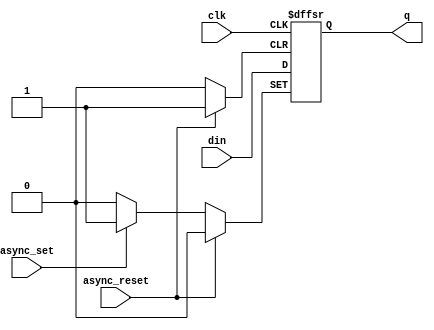
module dff_async_sr (
  input wire clk,
	input wire din,
  input wire async_set,
  input wire async_reset,
  output reg q
);

  always @(posedge clk or posedge async_set or posedge async_reset) begin
    if (async_reset)
      q <= 0;
    else if (async_set)
      q <= 1;
    else
      q <= din;
  end

endmodule